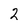
Character: 2